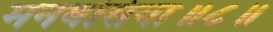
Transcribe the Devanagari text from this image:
मनबसिया॥८॥